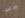
حتى